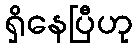
ရှိနေပြီဟု